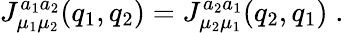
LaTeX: J_{\mu_{1}\mu_{2}}^{a_{1}a_{2}}(q_{1},q_{2})=J_{\mu_{2}\mu_{1}}^{a_{2}a_{1}}(q_{2},q_{1})\; .